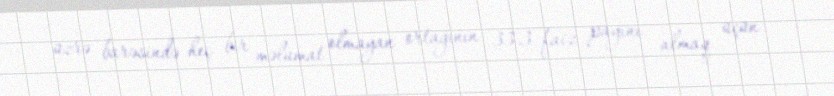
üzrə barəsində heç bir məlumat olmayan ortağının 33.3 faiz payını almaq üçün